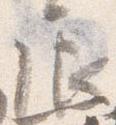
辰